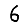
Digit: 6